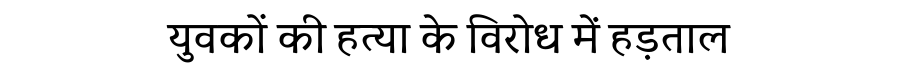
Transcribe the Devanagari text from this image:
युवकों की हत्या के विरोध में हड़ताल